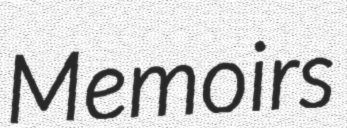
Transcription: Memoirs